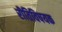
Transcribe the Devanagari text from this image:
रीतिविषयक